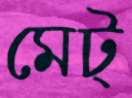
মেট্‌